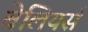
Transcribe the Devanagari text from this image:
बेलियर्स